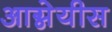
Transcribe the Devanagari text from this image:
आग्नेयीस